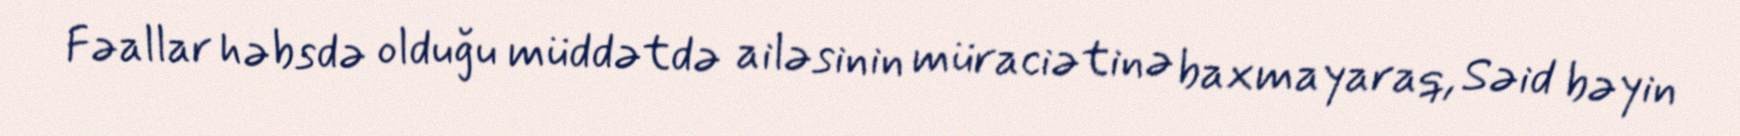
Fəallar həbsdə olduğu müddətdə ailəsinin müraciətinə baxmayaraq, Səid bəyin